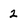
Character: 2